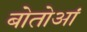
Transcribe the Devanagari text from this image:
बोतोआं